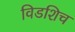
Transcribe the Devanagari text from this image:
विडशिच